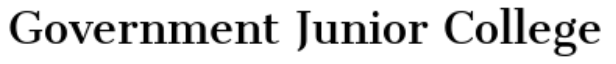
Government Junior College